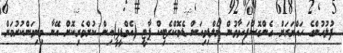
ފުލުހުންގެ ހައްޔަރަށް ގެންގޮސްފައިވާވުން މޯލްޑިވިއަން ޑެމޮކްރެޓިކް ޕާޓީ (އެމްޑީޕީ)އިން ކުށްވެރިކޮށް އޭނާ މިނިވަންކުރުމަށް